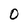
Character: 0